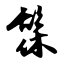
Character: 髹